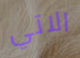
الاتي